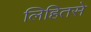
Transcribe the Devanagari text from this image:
लिहितसे